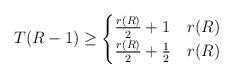
LaTeX: \begin{align*}T(R-1) \ge \begin{cases}\frac{r(R)}{2} +1& r(R) \\\frac{r(R)}{2} +\frac{1}{2}& r(R) \\\end{cases}\end{align*}